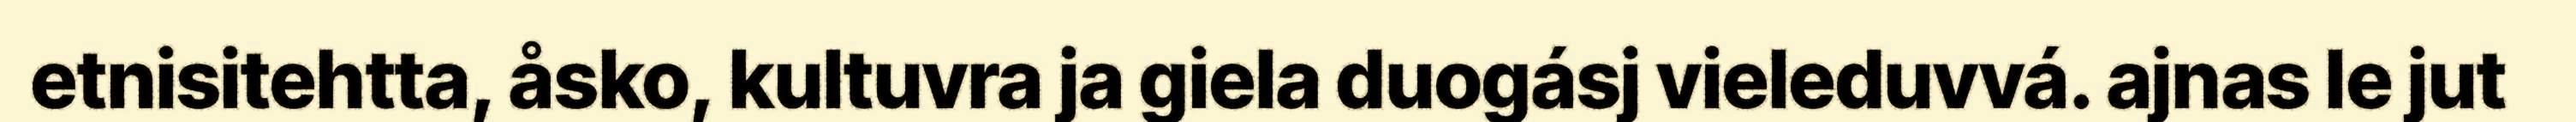
etnisitehtta, åsko, kultuvra ja giela duogásj vieleduvvá. ajnas le jut